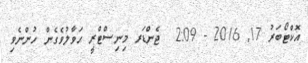
އޮކްޓޯބަރު 17